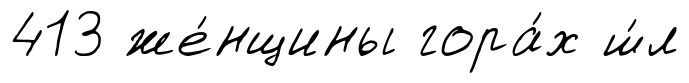
413 же́нщины гора́х ш́л